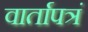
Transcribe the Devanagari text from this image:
वार्तापत्रं